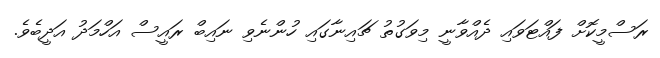
ރަސްމީކޮށް ފައްޓަވައި ދެއްވާނީ މިވަގުތު ޗައިނާގައި ހުންނެވި ނައިބް ރައީސް އަހްމަދު އަދީބެވެ.